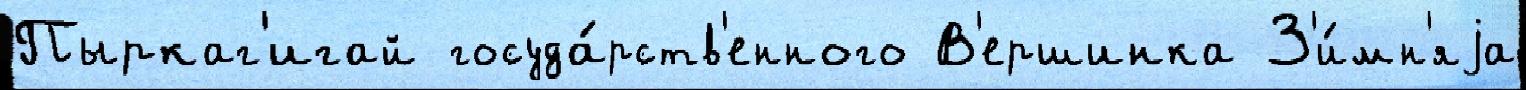
Пыркаг'игай госуда́рств'енного В'ершинка З'и́мн'яjа